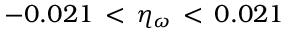
- 0 . 0 2 1 \, < \, \eta _ { \omega } \, < \, 0 . 0 2 1